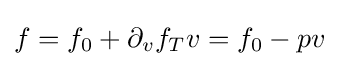
f=f_{0}+\partial _{v}f_{T}v=f_{0}-pv